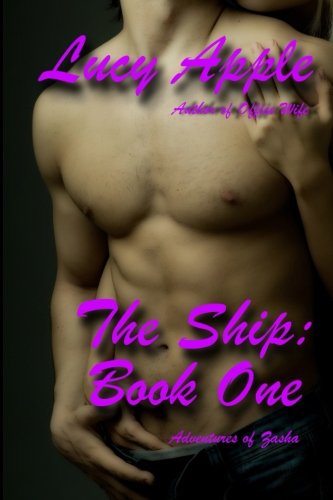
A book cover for The Ship: Book One (Volume 1); Lucy Apple; Romance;